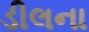
ડીલના